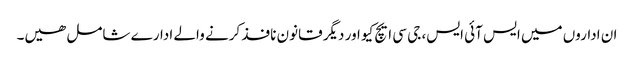
ان اداروں میں ایس آئی ایس، جی سی ایچ کیو اور دیگر قانون نافذ کرنے والے ادارے شامل ھیں۔